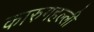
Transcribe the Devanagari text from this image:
कारुगहल्ली